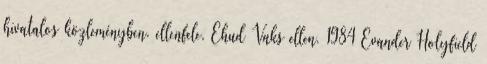
hivatalos közleményben. ellenfele, Ehud Vaks ellen. 1984 Evander Holyfield